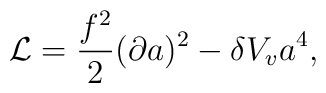
{\cal L} = {f^2\over 2} (\partial a)^2 -\delta V_v a^4,